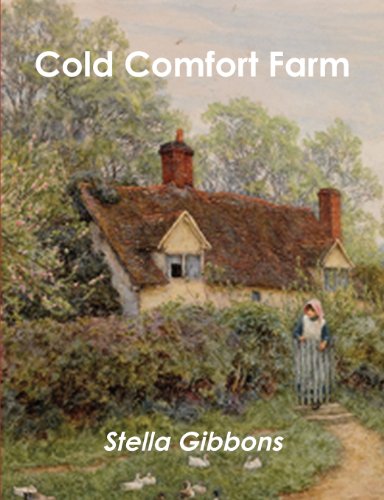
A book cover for Cold Comfort Farm; Stella Gibbons; Literature & Fiction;